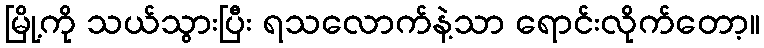
မြို့ကို သယ်သွားပြီး ရသလောက်နဲ့သာ ရောင်းလိုက်တော့။